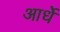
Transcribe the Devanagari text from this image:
आर्धे